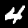
Digit: 4